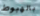
بالهبوط